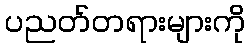
ပညတ်တရားများကို